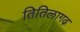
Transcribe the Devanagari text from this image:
तितिलागढ़